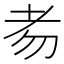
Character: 𦒶